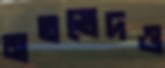
মতভেদও